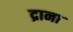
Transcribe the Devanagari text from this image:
द्राना